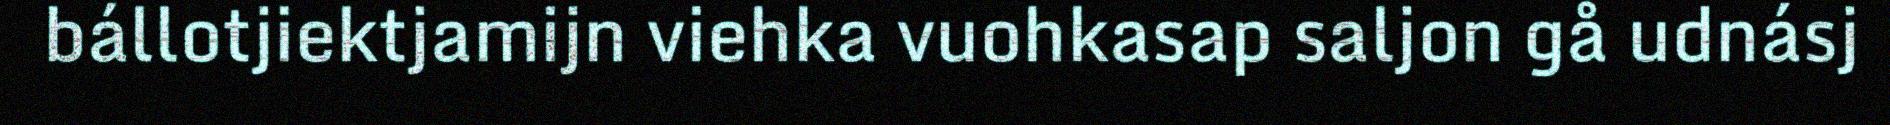
bállotjiektjamijn viehka vuohkasap saljon gå udnásj